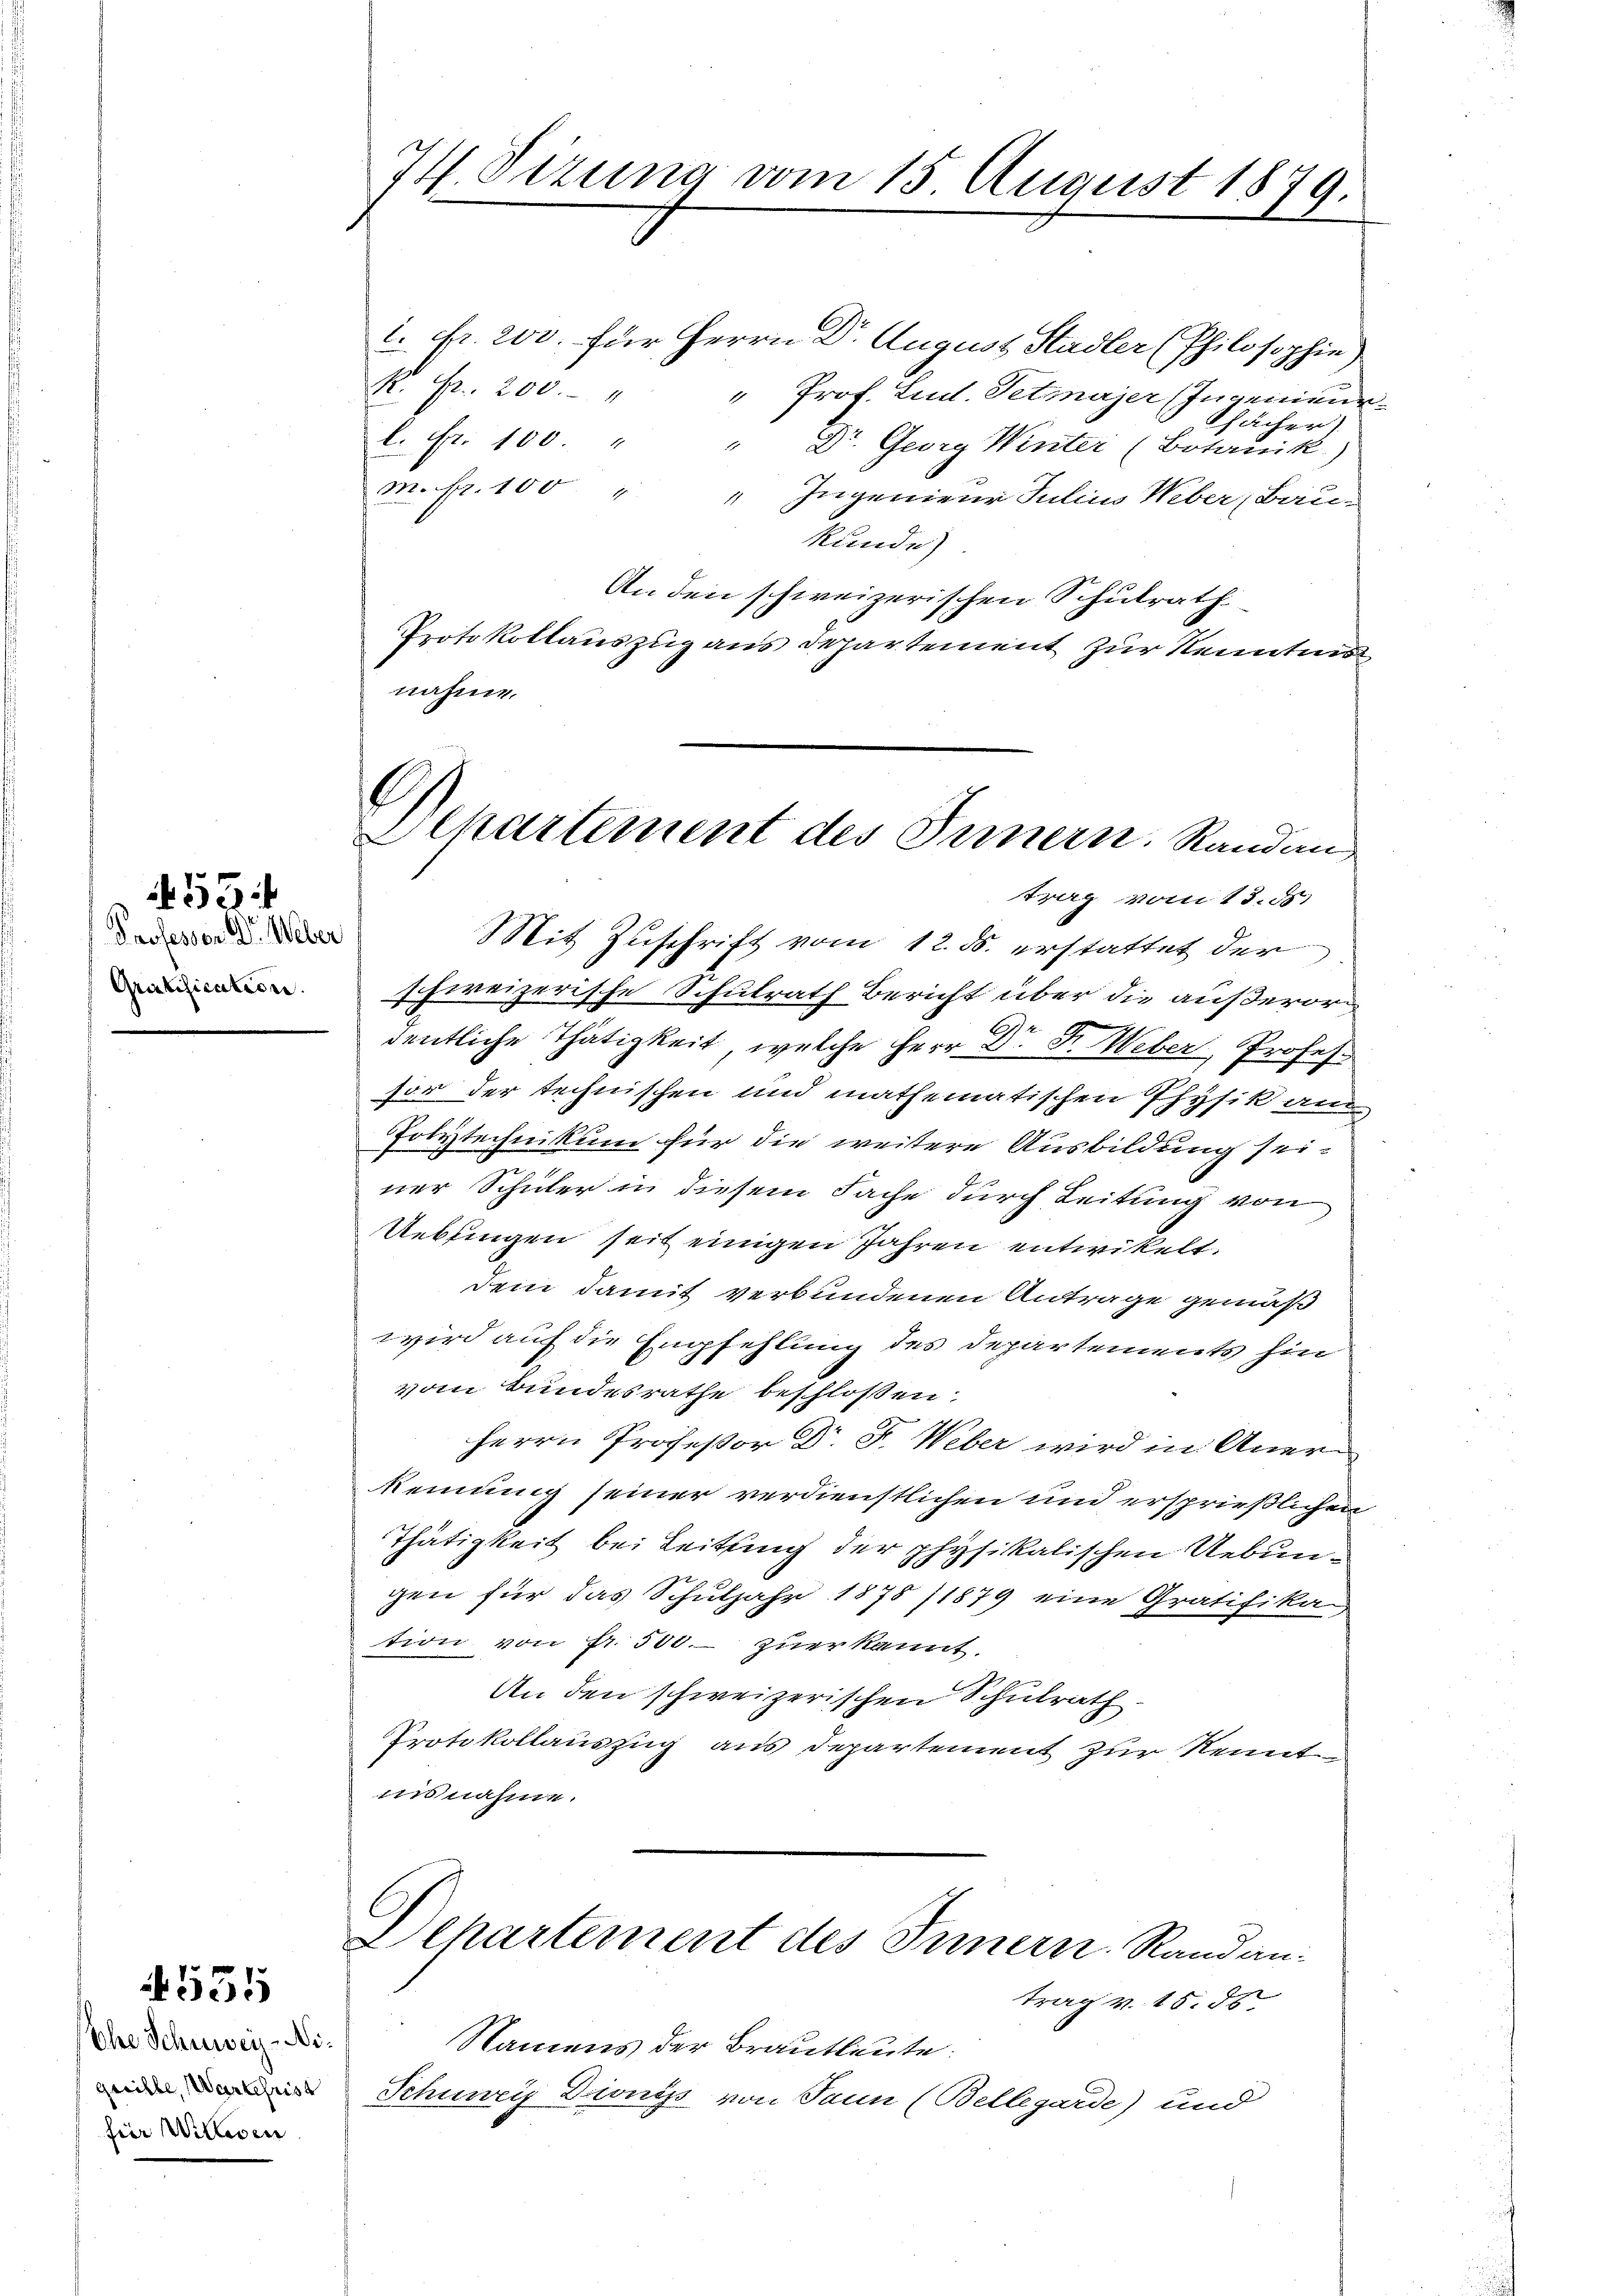
Professor Dr. Weber
Gratification

35

535

hre Schweiz-Nifür Willeen

74. Sizung vom 15. August 1879.

i. Fr. 200. für Herrn Dr. August Stadler (Philosophie)
K. Fr. 200. " " Prof. Lud. Tetmnajer (Ingenieur
fächer)
l. Fr. 100. " " Dr. Georg Winter (Botanik.)
m. fr. 100 " " Ingenieur Julius Weber, Bau-
kunde)
An den schweizerischen Schulrath
Protokollauszug aus Departement zur Kenntnis
nahme.
schweizerische Schulrath Bericht über die außerors
dentliche Thätigkeit, welche Herr Dr. Fr. Weber, Profess
sor der technischen und mathematischen Physik am
Polytechnikum für die weitere Ausbildung sei-
ner Schüler in diesem Sache durch Leitung von
Uebsingen seit einigen Jahren entwickelt.
dem damit verbundenen Antrage gemäß
wird auf die Empfehlung des Departements hin
vom Bundesrathe beschloßen:
m
Herrn Professor Dr. F. Weber wird in Anerkennung seiner verdienstlichen und ersprießlichen
Thätigkeit bei Leitung der physikalischen Uebungen für das Schuljahr 1878 11879 eine Gratifika-
tion von fr. 500. zuerkannt.
An den schweizerischen Schulrath.
Protokollauszug aus Departement zur Kennt
insnahme.

.
Achartement des Innern. Randan
trag vom 13. d.
Mit Zuschrift vom 12. ds. erstattet der

Departement des Innern Randan
trag v. 15. ds

Namens der Brautleute.
 Schuney Dionys von Sann (Bellegarde) und